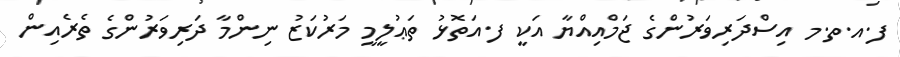
ފ.އ.ތ.މ އިސްދަރިވަރުންގެ ޖަމްއިއްޔާ އަކީ ފ.އަތޮޅު ތަޢުލީމީ މަރުކަޒު ނިންމާ ދަރިވަރުންގެ ތެރެއިން